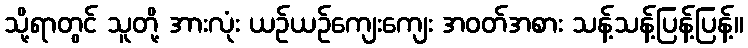
သို့ရာတွင် သူတို့ အားလုံး ယဉ်ယဉ်ကျေးကျေး အဝတ်အစား သန့်သန့်ပြန့်ပြန့်။